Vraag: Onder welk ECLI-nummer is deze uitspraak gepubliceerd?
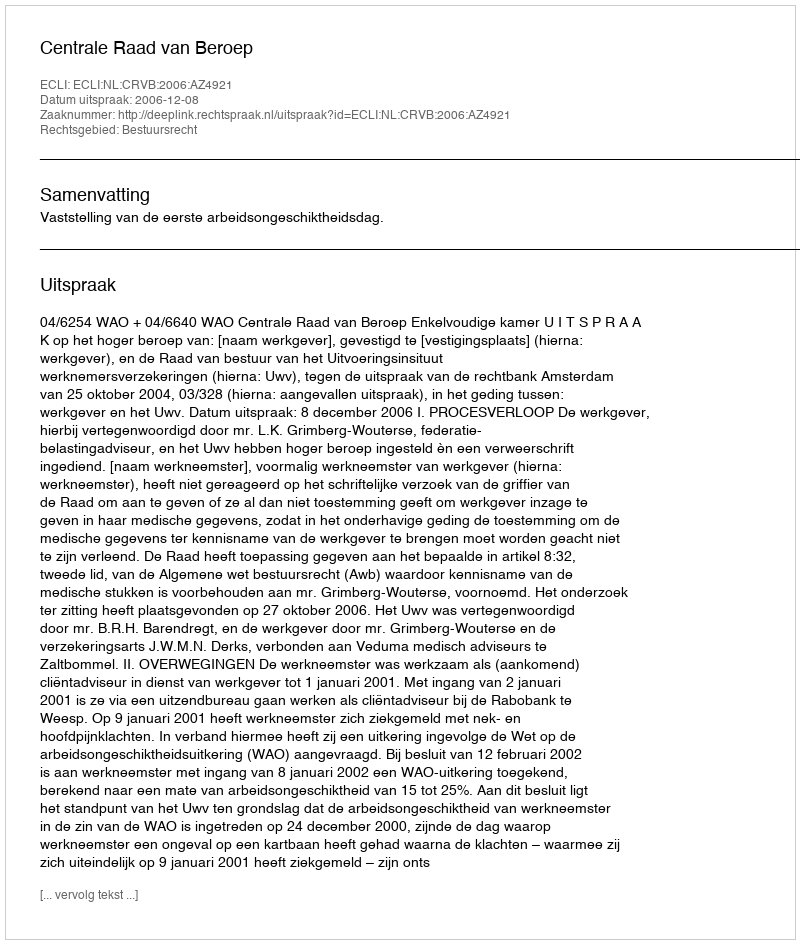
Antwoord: ECLI:NL:CRVB:2006:AZ4921